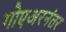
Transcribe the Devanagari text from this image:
गोएअरनंतर